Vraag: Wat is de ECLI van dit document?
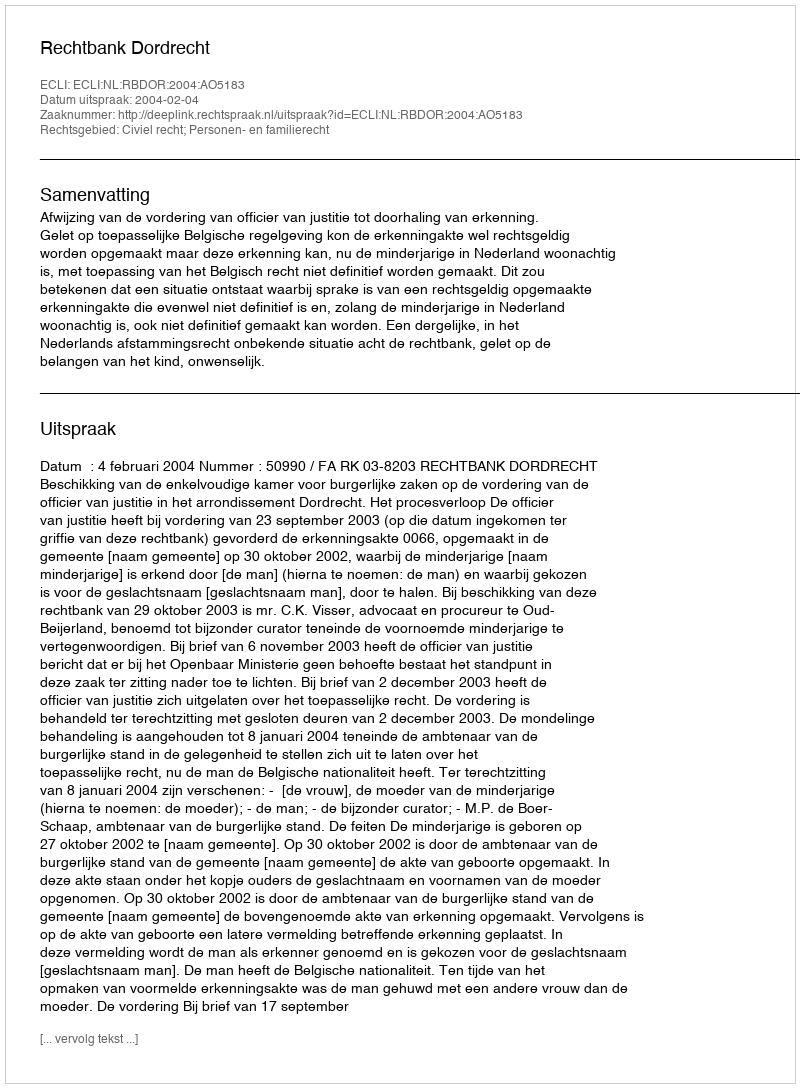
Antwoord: ECLI:NL:RBDOR:2004:AO5183